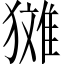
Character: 𪻉